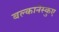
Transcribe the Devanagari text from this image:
बल्कानेस्कुए